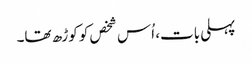
پہلی بات، اُس شخص کو کوڑھ تھا۔